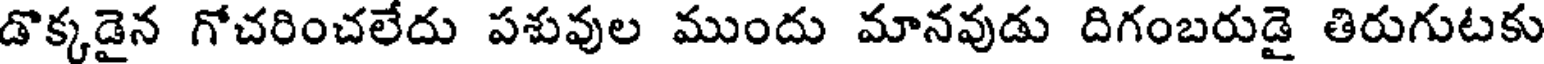
డొక్కడైన గోచరించలేదు పశువుల ముందు మానవుడు దిగంబరుడై తిరుగుటకు